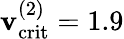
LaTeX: \mathbf{v}_{\mathrm{{crit}}}^{(2)}=1.9